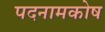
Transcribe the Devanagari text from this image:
पदनामकोष